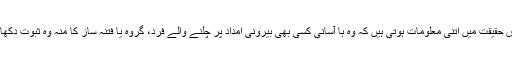
حساس اداروں کے پاس حقیقت میں اتنی معلومات ہوتی ہیں کہ وہ با آسانی کسی بھی بیرونی امداد پر چلنے والے فرد، گروہ یا فتنہ ساز کا منہ وہ ثبوت دکھا کر بند کر سکتے ہیں۔